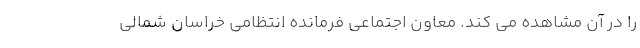
را در آن مشاهده می کند. معاون اجتماعی فرمانده انتظامی خراسان شمالی